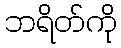
ဘရိတ်ကို